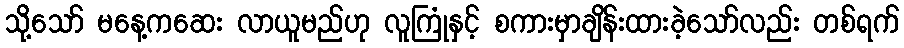
သို့သော် မနေ့ကဆေး လာယူမည်ဟု လူကြုံနှင့် စကားမှာချိန်းထားခဲ့သော်လည်း တစ်ရက်